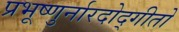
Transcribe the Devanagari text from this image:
प्रभूष्णुर्नारदोद्गीतो